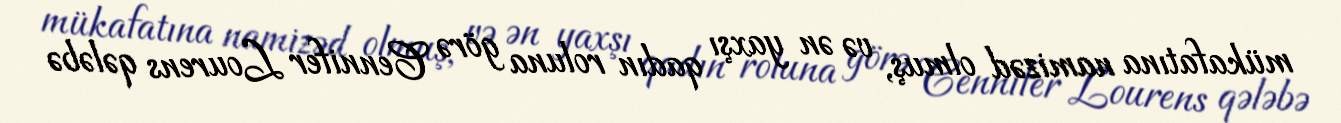
mükafatına namizəd olmuş, və ən yaxşı qadın roluna görə Cennifer Lourens qələbə